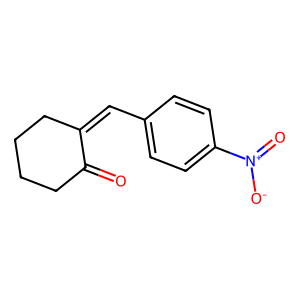
SMILES: O=C1CCCCC1=Cc1ccc([N+](=O)[O-])cc1
Inhibits HIV replication: No